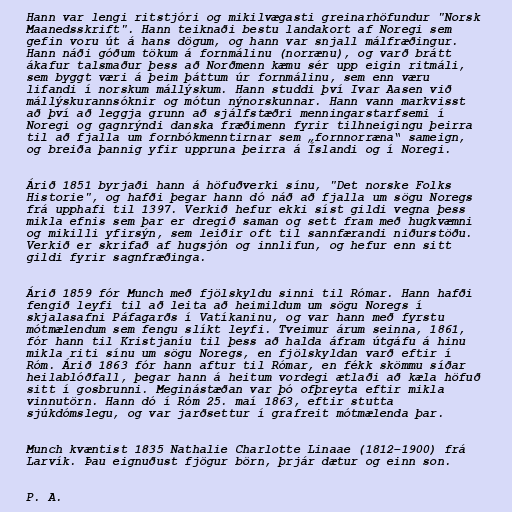
Hann var lengi ritstjóri og mikilvægasti greinarhöfundur "Norsk
Maanedsskrift". Hann teiknaði bestu landakort af Noregi sem
gefin voru út á hans dögum, og hann var snjall málfræðingur.
Hann náði góðum tökum á fornmálinu (norrænu), og varð brátt
ákafur talsmaður þess að Norðmenn kæmu sér upp eigin ritmáli,
sem byggt væri á þeim þáttum úr fornmálinu, sem enn væru
lifandi í norskum mállýskum. Hann studdi því Ivar Aasen við
mállýskurannsóknir og mótun nýnorskunnar. Hann vann markvisst
að því að leggja grunn að sjálfstæðri menningarstarfsemi í
Noregi og gagnrýndi danska fræðimenn fyrir tilhneigingu þeirra
til að fjalla um fornbókmenntirnar sem „fornnorræna“ sameign,
og breiða þannig yfir uppruna þeirra á Íslandi og í Noregi.

Árið 1851 byrjaði hann á höfuðverki sínu, "Det norske Folks
Historie", og hafði þegar hann dó náð að fjalla um sögu Noregs
frá upphafi til 1397. Verkið hefur ekki síst gildi vegna þess
mikla efnis sem þar er dregið saman og sett fram með hugkvæmni
og mikilli yfirsýn, sem leiðir oft til sannfærandi niðurstöðu.
Verkið er skrifað af hugsjón og innlifun, og hefur enn sitt
gildi fyrir sagnfræðinga.

Árið 1859 fór Munch með fjölskyldu sinni til Rómar. Hann hafði
fengið leyfi til að leita að heimildum um sögu Noregs í
skjalasafni Páfagarðs í Vatíkaninu, og var hann með fyrstu
mótmælendum sem fengu slíkt leyfi. Tveimur árum seinna, 1861,
fór hann til Kristjaníu til þess að halda áfram útgáfu á hinu
mikla riti sínu um sögu Noregs, en fjölskyldan varð eftir í
Róm. Árið 1863 fór hann aftur til Rómar, en fékk skömmu síðar
heilablóðfall, þegar hann á heitum vordegi ætlaði að kæla höfuð
sitt í gosbrunni. Meginástæðan var þó ofþreyta eftir mikla
vinnutörn. Hann dó í Róm 25. maí 1863, eftir stutta
sjúkdómslegu, og var jarðsettur í grafreit mótmælenda þar.

Munch kvæntist 1835 Nathalie Charlotte Linaae (1812–1900) frá
Larvík. Þau eignuðust fjögur börn, þrjár dætur og einn son.

P. A.